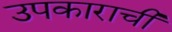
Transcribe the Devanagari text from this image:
उपकाराची